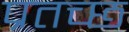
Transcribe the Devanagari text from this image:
प्रतच्छ